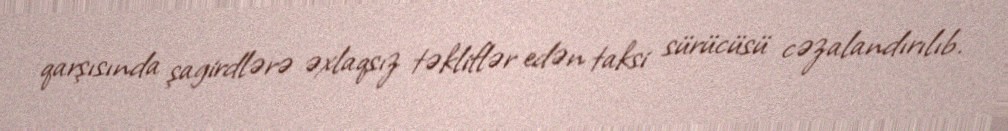
qarşısında şagirdlərə əxlaqsız təkliflər edən taksi sürücüsü cəzalandırılıb.